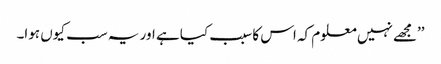
’’مجھے نہیں معلوم کہ اس کا سبب کیا ہے اور یہ سب کیوں ہوا۔